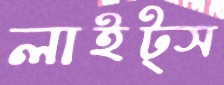
লাইট্স